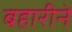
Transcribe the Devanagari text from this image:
बहारीने